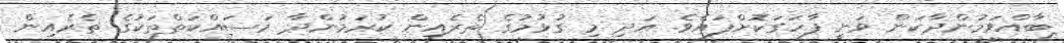
ބާއްވަމުންދާކަން ވަނީ ފާހަގަކޮށްފައެވެ. އަދި މި ގުޅުމުގެ ތެރެއިން ކުރަމުންދާ މަސައްކަތްތަކުގެ ތެރެއިން